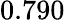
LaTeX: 0.790